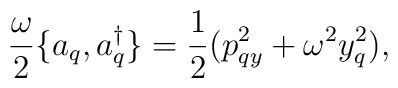
\frac{\omega}{2} \{ a_q,a^\dagger_q \}=\frac{1}{2}(p_{qy}^2+\omega^2 y_q^2) ,